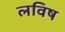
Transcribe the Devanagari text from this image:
लविष